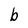
Character: b